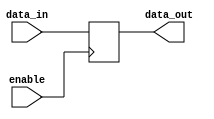
module IO_Blocks_Compensated_Buffer (
    input wire data_in,
    input wire enable,
    output reg data_out
);

always @ (posedge enable)
begin
    if(enable)
        data_out <= data_in;
end

endmodule